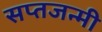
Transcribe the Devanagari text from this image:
सप्तजन्मी